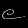
Digit: ၉